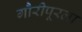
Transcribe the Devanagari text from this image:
गौरीपूरला